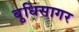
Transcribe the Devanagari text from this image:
बुधिसागर